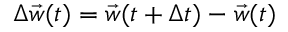
\Delta \vec { w } ( t ) = \vec { w } ( t + \Delta t ) - \vec { w } ( t )